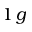
1 \, g